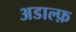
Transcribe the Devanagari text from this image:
अडाल्फ़